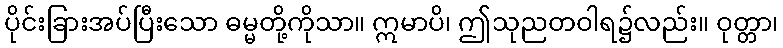
ပိုင်းခြားအပ်ပြီးသော ဓမ္မတို့ကိုသာ။ ဣမာပိ၊ ဤသုညတဝါရ၌လည်း။ ဝုတ္တာ၊